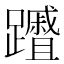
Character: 𮜦